Treatise on elephants
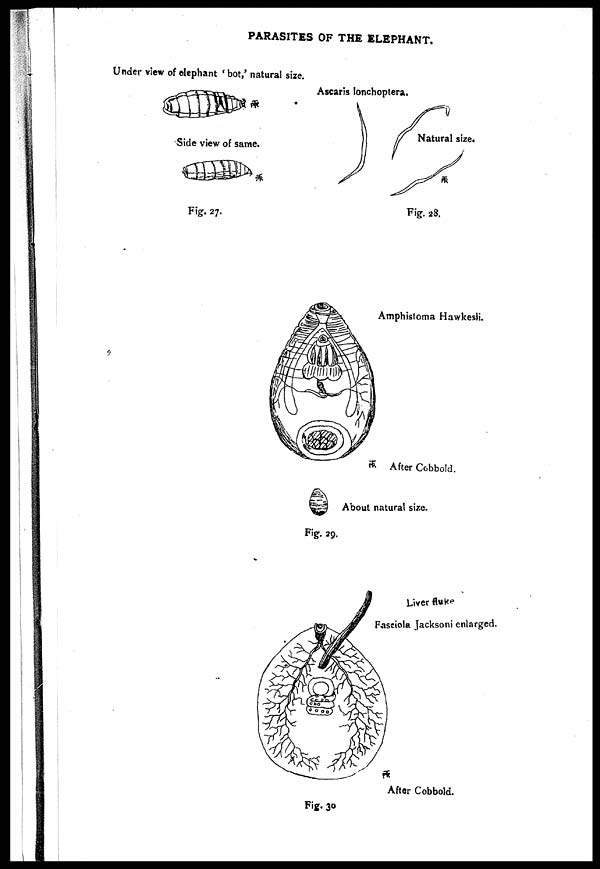
PARASITES OF THE ELEPHANT.
Under view of elephant ' bot,' natural size.
Side view of same.
Fig . 27.
Ascaris lonchoptera.
Natural size.
Fig. 28.
Amphistoma Hawkesli.
After Cobbold.
About natural size.
Fig. 29.
Liver fluke
Faseiola Jacksoni enlarged.
After Cobbold.
Fig. 30